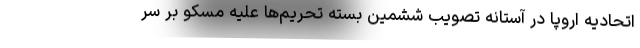
اتحادیه اروپا در آستانه تصویب ششمین بسته تحریم‌ها علیه مسکو بر سر